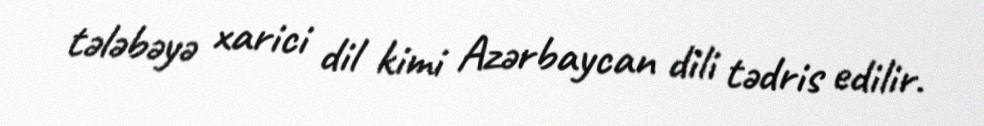
tələbəyə xarici dil kimi Azərbaycan dili tədris edilir.